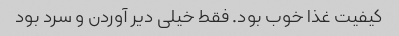
کیفیت غذا خوب بود. فقط خیلی دیر آوردن و سرد بود